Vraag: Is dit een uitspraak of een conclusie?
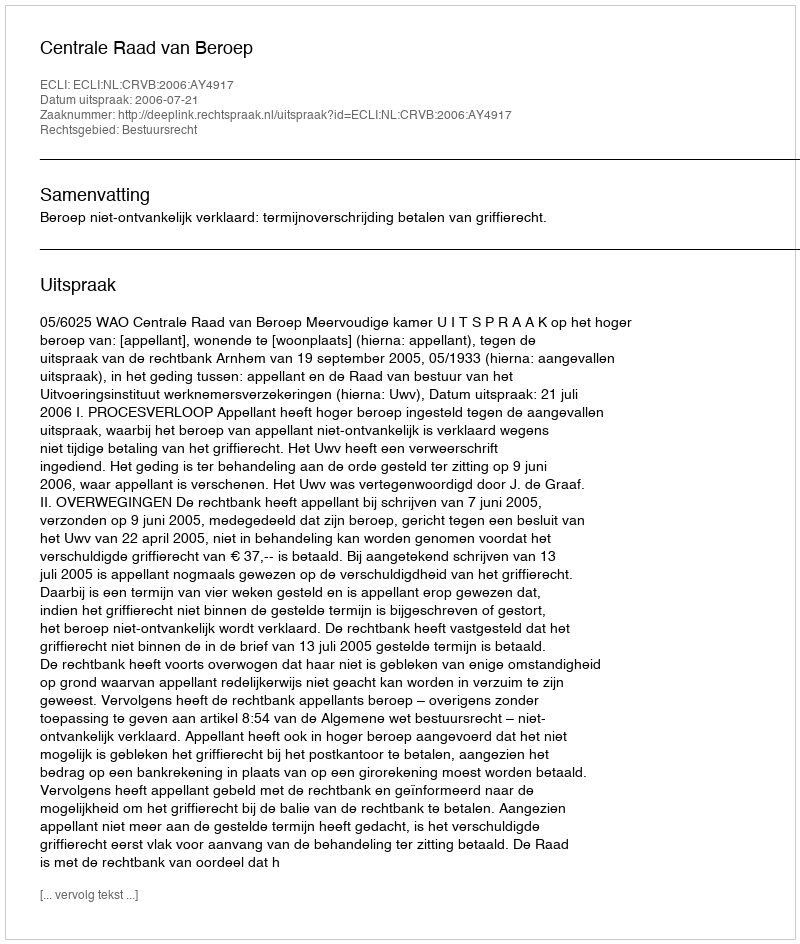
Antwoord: Uitspraak